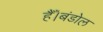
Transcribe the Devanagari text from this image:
हैँ।बंडोल